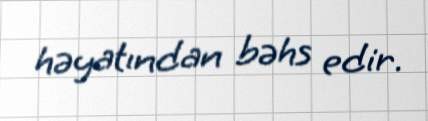
həyatından bəhs edir.